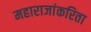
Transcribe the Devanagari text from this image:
महाराजांकरिता